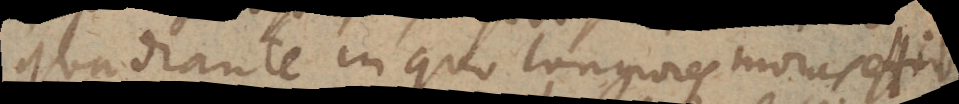
quadrante in quo longiores moras efficit